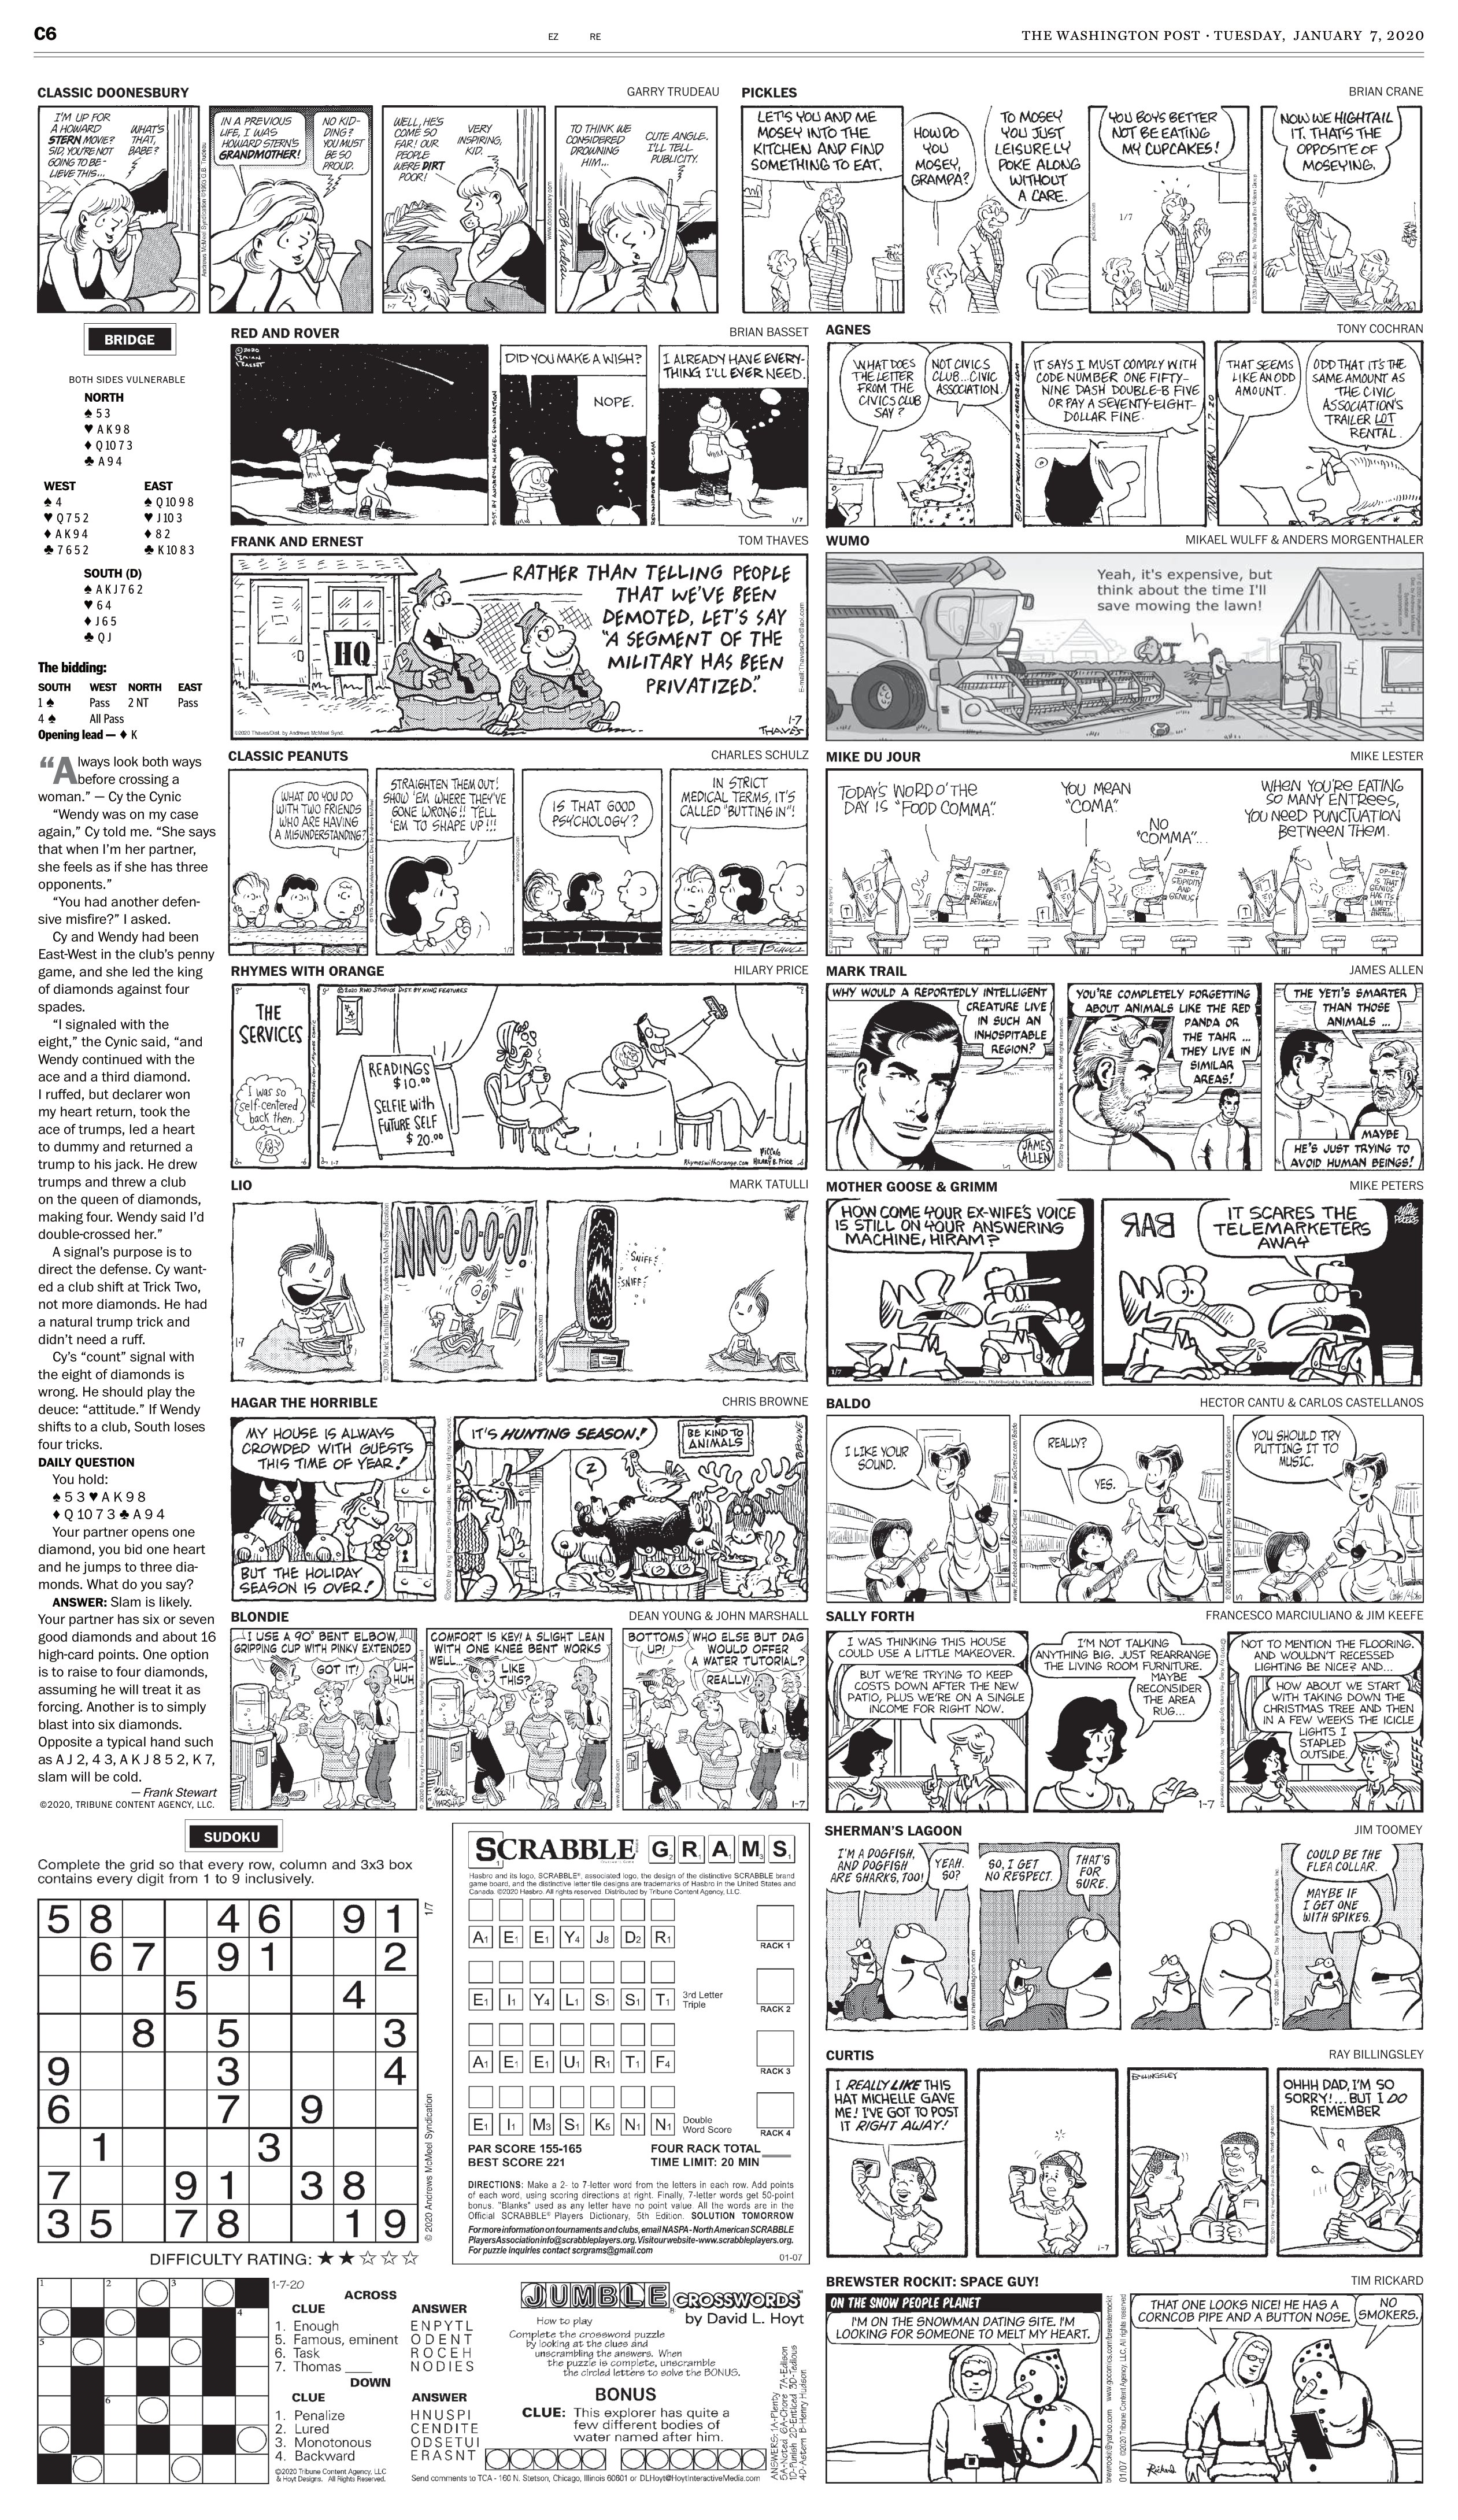
Language: en